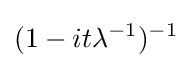
(1-it\lambda ^{-1})^{-1}